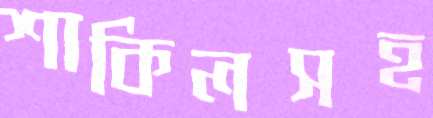
শাকিলসহ